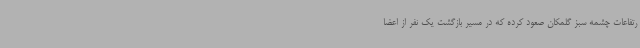
رتفاعات چشمه سبز گلمکان صعود کرده که در مسیر بازگشت یک نفر از اعضا